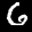
Label: 6